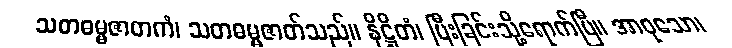
သတဓမ္မဇာတကံ၊ သတဓမ္မဇာတ်သည်။ နိဋ္ဌိတံ၊ ပြီးခြင်းသို့ရောက်ပြီ။ အာဝုသော၊